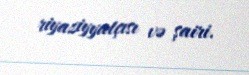
riyaziyyatçısı və şairi.